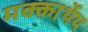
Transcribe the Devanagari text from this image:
मक्कार्थेय